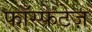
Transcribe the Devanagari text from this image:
फॉस्फेटेज़